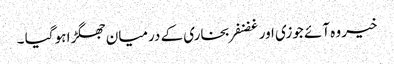
خیر وہ آئے جوزی اور غضنفر بخاری کے درمیان جھگڑا ہو گیا ۔